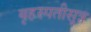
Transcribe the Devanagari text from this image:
बृहस्पतीसूत्र